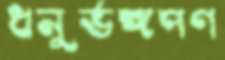
ধনুর্ভঙ্গপণ